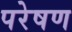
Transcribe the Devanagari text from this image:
परेषण